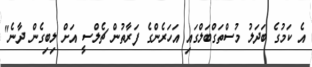
އެ ކަމުގެ ބަދަލު މުސްތަގްބަލްގައި އަހަރެންގެ ފަރާތުން ޗެލްސީ އަށް ލިބިގެން ދާނެ"